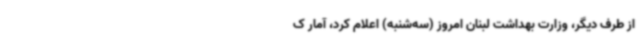
از طرف دیگر، وزارت بهداشت لبنان امروز (سه‌شنبه) اعلام کرد، آمار ک